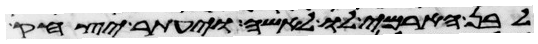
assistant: לבן הארמי לו לאשה ויעתר יצחק